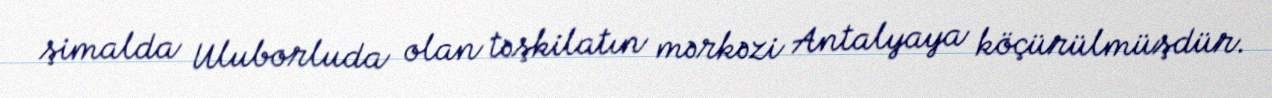
şimalda Uluborluda olan təşkilatın mərkəzi Antalyaya köçürülmüşdür.